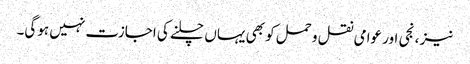
نیز ، نجی اور عوامی نقل و حمل کو بھی یہاں چلنے کی اجازت نہیں ہوگی۔